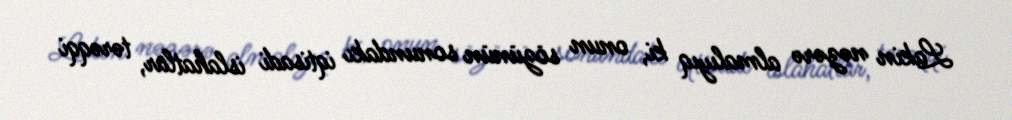
Lakin nəzərə almalıyıq ki, onun sözünün sonundakı iqtisadi islahatlar, tərəqqi